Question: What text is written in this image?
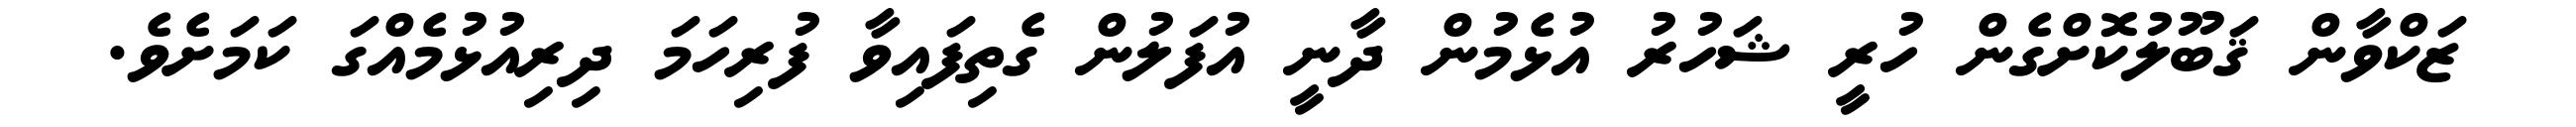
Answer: ޒަކްވާން ޤަބޫލުކޮށްގެން ހުރީ ޝަހުރު އުޅެމުން ދާނީ އުފަލުން ގެތިފައިވާ ފުރިހަމަ ދިރިއުޅުމެއްގަ ކަމަށެވެ.